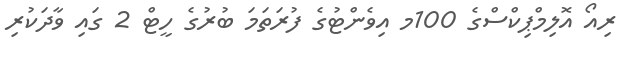
ރިއޯ އޮލިމްޕިކްސްގެ 100މ އިވެންޓުގެ ފުރަތަމަ ބުރުގެ ހީޓް 2 ގައި ވާދަކުރި